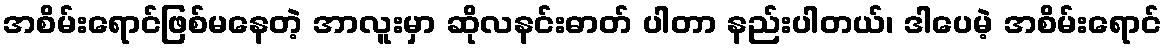
အစိမ်းရောင်ဖြစ်မနေတဲ့ အာလူးမှာ ဆိုလနင်းဓာတ် ပါတာ နည်းပါတယ်၊ ဒါပေမဲ့ အစိမ်းရောင်